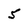
Character: 5